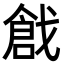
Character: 戧